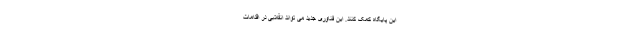
این پایگاه کمک کنند. این فناوری جدید می تواند انقلابی در اقدامات